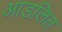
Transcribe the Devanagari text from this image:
आडलित